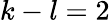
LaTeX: k-l=2